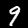
Digit: 9